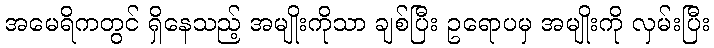
အမေရိကတွင် ရှိနေသည့် အမျိုးကိုသာ ချစ်ပြီး ဥရောပမှ အမျိုးကို လှမ်းပြီး